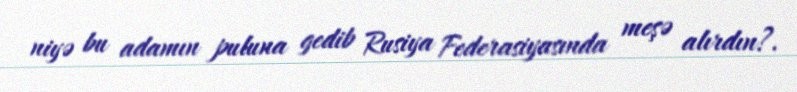
niyə bu adamın puluna gedib Rusiya Federasiyasında meşə alırdın?.